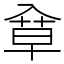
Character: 䓥